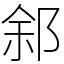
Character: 䣄